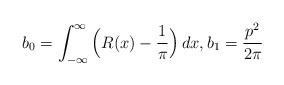
LaTeX: \begin{align*} b_0 = \int_{-\infty}^\infty \Big ( R(x) - {1 \over \pi} \Big ) \, dx, b_1 = {p^2 \over 2 \pi} \end{align*}